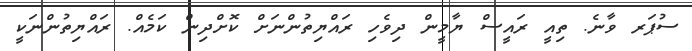
ސުޕަރ ވާނެ. ތިއީ ރައީސް ޔާމީން ދިވެހި ރައްޔިތުންނަށް ކޮށްދިން ކަމެއް. ރައްޔިތުންނަކީ